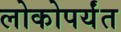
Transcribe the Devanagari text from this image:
लोकोपर्यंत